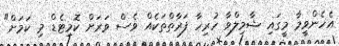
އެހެންވީމާ މީގައި ޝާމިލްވާ ހުރިހާ ފަރާތްތަކެއް ވެސް ވަރަށް ކޮމިޓެޑް މި ކަމަށް"